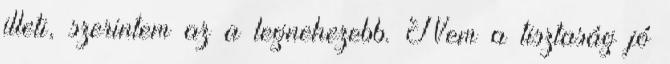
illeti, szerintem az a legnehezebb. Nem a tisztaság jó